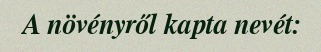
A növényről kapta nevét: